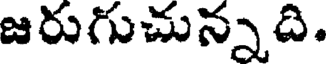
జరుగుచున్నది.